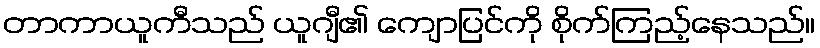
တာကာယူကီသည် ယူဂျီ၏ ကျောပြင်ကို စိုက်ကြည့်နေသည်။